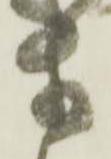
等